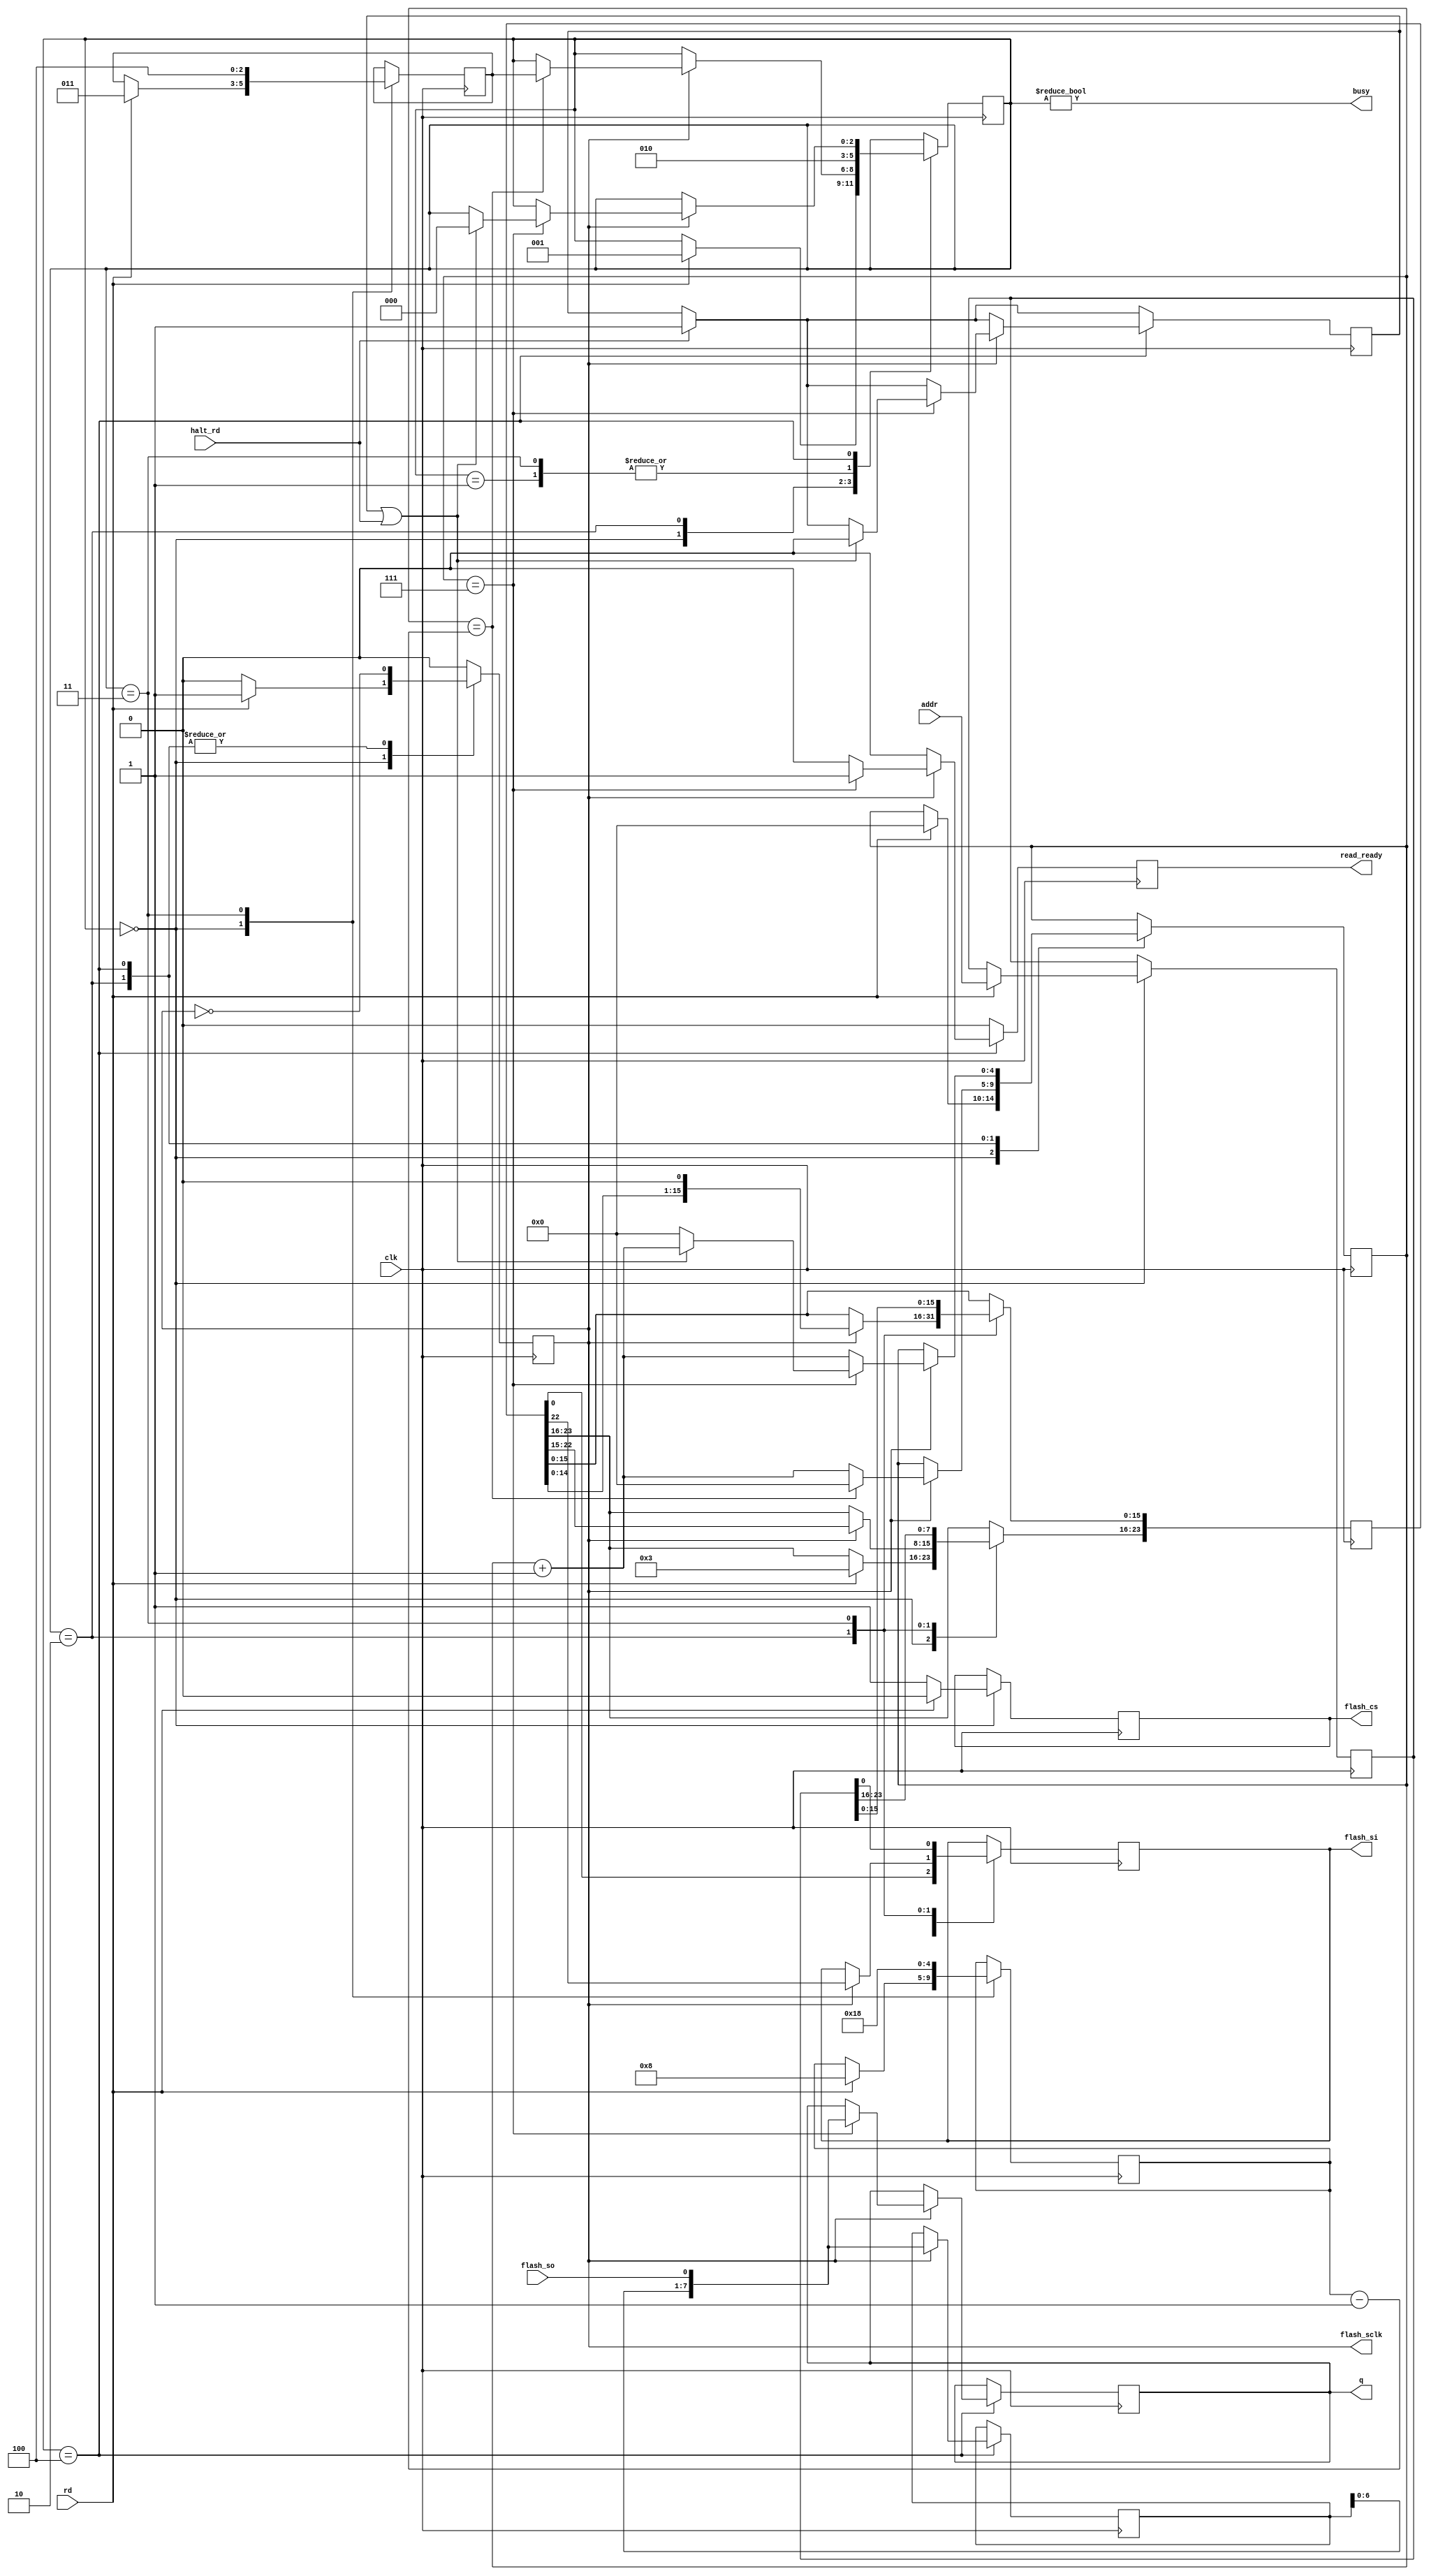
// This is expected to run at 2x the flash clock, so 110MHz is the max speed on Tang Nano 9k
// The stage transitions could be more optimized to save some cycles and thus increase throughput
module readonlyflash (
    input wire clk,

    input wire [23:0] addr,
    input wire rd,
    input wire halt_rd,

    output reg [7:0] q = 0,
    output reg read_ready = 0,

    output wire busy,

    // Flash Control
    output reg  flash_sclk = 0,
    output reg  flash_cs = 1,
    input  wire flash_so,
    output reg  flash_si = 0
    // output reg  flash_reset
);

  reg [23:0] addr_buffer = 0;

  localparam STATE_NONE = 0;
  localparam STATE_START_DELAY = 1;
  localparam STATE_WRITE_BYTE = 2;
  localparam STATE_COMMAND_COMPLETE = 3;
  localparam STATE_OUTPUT = 4;

  reg [2:0] state = STATE_NONE;

  assign busy = state != STATE_NONE;

  reg [4:0] bit_step = 0;
  reg [23:0] input_shifter = 0;

  reg [2:0] state_complete = 0;
  reg [4:0] bits_to_write = 0;

  reg [7:0] output_shifter = 0;

  reg queued_halt_rd = 0;

  always @(posedge clk) begin
    flash_sclk <= 0;

    read_ready <= 0;

    if (halt_rd) begin
      queued_halt_rd <= 1;
    end

    case (state)
      STATE_NONE: begin
        flash_cs <= 1;

        if (rd) begin
          state <= STATE_START_DELAY;

          flash_sclk <= 1;

          // Send read command
          input_shifter[23:16] <= 8'h03;
          state_complete <= STATE_COMMAND_COMPLETE;
          bits_to_write <= 5'h8;

          bit_step <= 0;

          // Prep for command starting
          // flash_sclk <= 0;
          flash_cs <= 0;

          // Store current addr
          addr_buffer <= addr;
        end
      end
      STATE_START_DELAY: begin
        state <= STATE_WRITE_BYTE;

        flash_sclk <= 0;

        flash_si <= input_shifter[0];
      end
      STATE_WRITE_BYTE: begin
        // Tick clock
        flash_sclk <= ~flash_sclk;

        if (flash_sclk) begin
          // We just wrote bit, shift
          input_shifter <= {input_shifter[22:0], 1'b0};
          flash_si <= input_shifter[22];

          bit_step <= bit_step + 5'h1;

          if (bit_step == bits_to_write - 5'h1) begin
            // We finished this segment, move to next
            state <= state_complete;

            bit_step <= 0;
          end
        end
      end
      STATE_COMMAND_COMPLETE: begin
        state <= STATE_WRITE_BYTE;

        // Hold clock low for next write
        flash_sclk <= 0;

        // Send address
        input_shifter <= addr_buffer;
        flash_si <= addr_buffer[0];
        state_complete <= STATE_OUTPUT;
        bits_to_write <= 5'd24;
      end
      STATE_OUTPUT: begin
        // We should now start receiving data from the flash
        flash_sclk <= ~flash_sclk;

        if (flash_sclk) begin
          output_shifter <= {output_shifter[6:0], flash_so};

          bit_step <= bit_step + 5'h1;

          if (bit_step == 8'h7) begin
            // We've received the byte
            read_ready <= 1;
            q <= {output_shifter[6:0], flash_so};

            if (queued_halt_rd || halt_rd) begin
              // End of read was requested
              state <= STATE_NONE;

              queued_halt_rd <= 0;
            end else begin
              // Read another byte
              bit_step <= 0;
            end
          end
        end
      end
    endcase
  end

endmodule